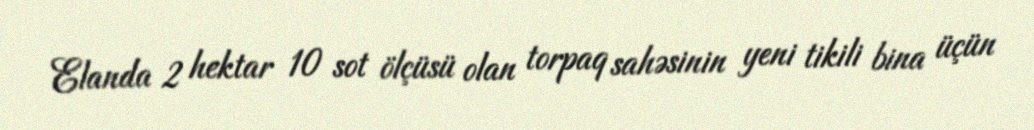
Elanda 2 hektar 10 sot ölçüsü olan torpaq sahəsinin yeni tikili bina üçün